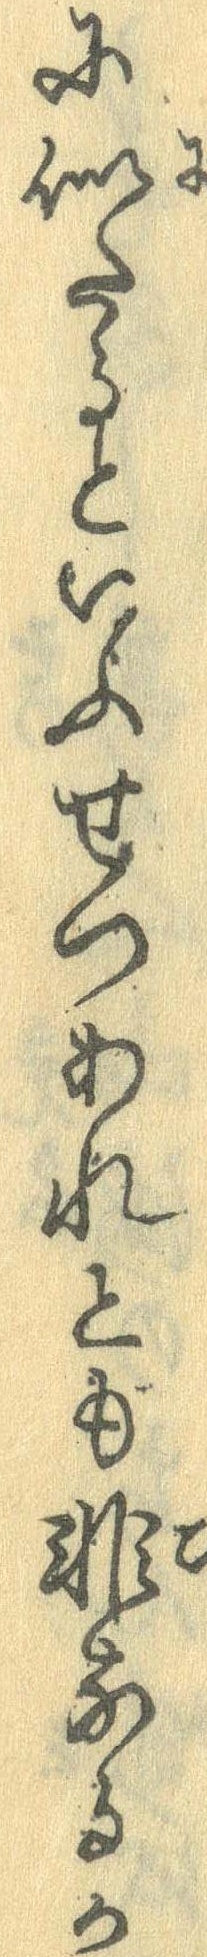
に似たるといふせつあれとも非なるか